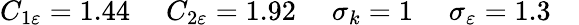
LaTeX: {C_{1\varepsilon}}=1.44\quad\; {C_{2\varepsilon}}=1.92\quad\; {\sigma_{k}}=1\quad\; {\sigma_{\varepsilon}}=1.3\quad